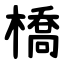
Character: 橋